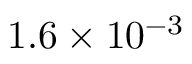
1 . 6 \times 1 0 ^ { - 3 }